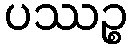
ပဿဉ္စ